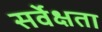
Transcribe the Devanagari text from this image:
सर्वेक्षता